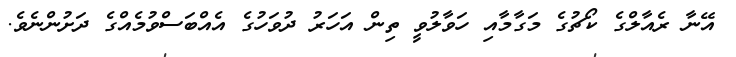
އޭނާ ރެއާލްގެ ކޯޗުގެ މަގާމާއި ހަވާލުވީ ތިން އަހަރު ދުވަހުގެ އެއްބަސްވުމެއްގެ ދަށުންނެވެ.